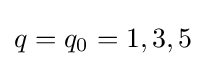
q=q_{0}=1,3,5